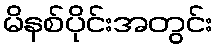
မိနစ်ပိုင်းအတွင်း